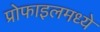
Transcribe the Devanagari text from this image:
प्रोफाइलमध्ये